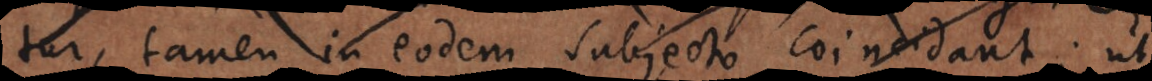
tur, tamen in eodem subjecto coincidant; ut